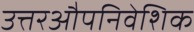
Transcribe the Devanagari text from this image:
उत्तरऔपनिवेशिक